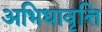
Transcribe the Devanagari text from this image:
अभिधावृत्ति